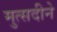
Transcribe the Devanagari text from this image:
मुत्सदीने